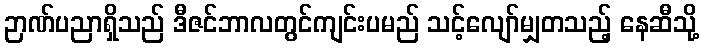
ဉာဏ်ပညာရှိသည် ဒီဇင်ဘာလတွင်ကျင်းပမည် သင့်လျော်မျှတသည့် နေဆီသို့